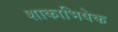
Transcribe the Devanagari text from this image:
शाकाभिषेक